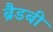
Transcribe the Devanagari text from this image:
ब्रैडबी